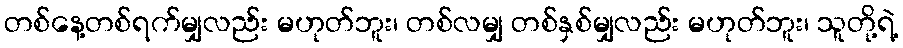
တစ်နေ့တစ်ရက်မျှလည်း မဟုတ်ဘူး၊ တစ်လမျှ တစ်နှစ်မျှလည်း မဟုတ်ဘူး၊ သူတို့ရဲ့